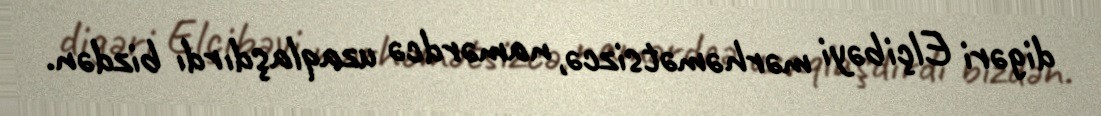
digəri Elçibəyi mərhəmətsizcə, namərdcə uzaqlaşdırdı bizdən.